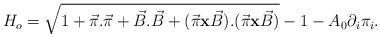
LaTeX: \begin{align*}H_o = \sqrt{1 + \vec{\pi}.\vec{\pi} + \vec{B}.\vec{B} + (\vec{\pi} {\bf x} \vec{B}).(\vec{\pi} {\bf x} \vec{B})} - 1 - A_0\partial_i \pi_i .\end{align*}